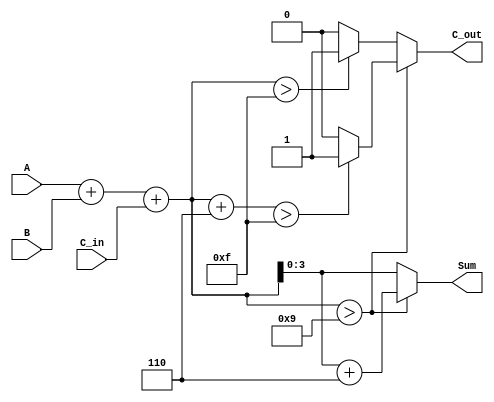
module BCD_Parallel_Adder (
    input  wire [3:0] A,      // 4-bit BCD digit from the first number
    input  wire [3:0] B,      // 4-bit BCD digit from the second number
    input  wire C_in,         // 1-bit carry input
    output reg  [3:0] Sum,    // 4-bit BCD result
    output reg  C_out         // 1-bit carry output
);

    wire [4:0] Sum_bin;       // 5-bit to hold the binary sum (A + B + C_in)

    // Step 1: Calculate the binary sum
    assign Sum_bin = A + B + C_in;

    // Step 2: BCD correction and carry out logic
    always @(*) begin
        if (Sum_bin > 9) begin
            Sum = Sum_bin + 4'b0110; // Add 6 for BCD correction
            C_out = (Sum_bin + 4'b0110) > 15 ? 1'b1 : 1'b0; // Check for carry out
        end else begin
            Sum = Sum_bin[3:0]; // No correction needed
            C_out = Sum_bin > 15 ? 1'b1 : 1'b0; // Check for carry out
        end
    end

endmodule